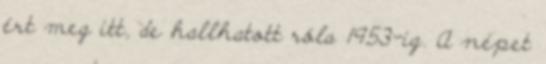
ért meg itt, de hallhatott róla 1953-ig. A népet